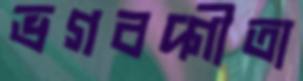
ভগবদ্গীতা